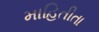
માહિતીતા